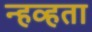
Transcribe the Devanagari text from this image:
न्हव्हता